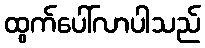
ထွက်ပေါ်လာပါသည်